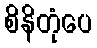
စိနိတုံပေ